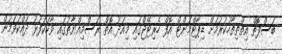
ބަސްފޮތް އިތްތިތާހުކުރުމަށް ޑިޕާޓްމަންޓް އޮފް ހެރިޓޭޖްގައި މިއަދު އޮތް ރަސްމިއްޔާތުގައި ވާހަކަފުޅު ދައްކަވަމުން